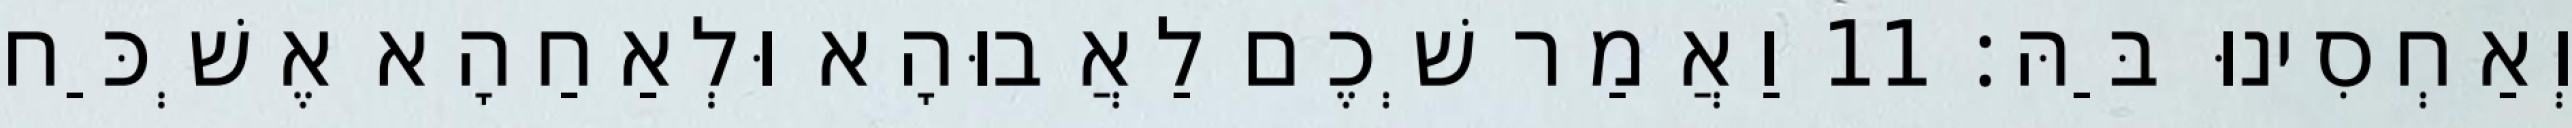
וְאַחְסִינוּ בַּהּ׃ 11 וַאֲמַר שְׁכֶם לַאֲבוּהָא וּלְאַחַהָא אֶשְׁכַּח